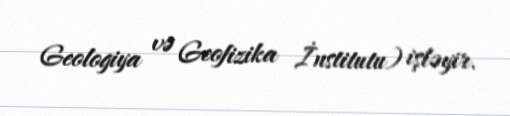
Geologiya və Geofizika İnstitutu) işləyir.